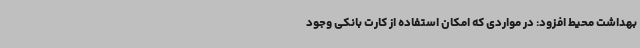
بهداشت محیط افزود: در مواردی که امکان استفاده از کارت بانکی وجود